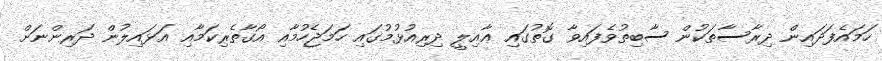
ހަމައެފަދައިން ދިރާސާތަކުން ސާބިތުވެފައިވާ ގޮތުގައި ޢާއިލީ ދިރިއުޅުމުގައި ހަމަޖެހުމާއި އޯގާތެރިކަމާއި އަޅައިލުން ދަރިންނަށް